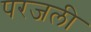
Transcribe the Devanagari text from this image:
परजली